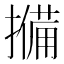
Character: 𭢨